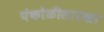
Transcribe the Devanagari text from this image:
पंकोळीसारखा